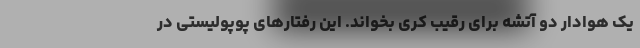
یک هوادار دو آتشه برای رقیب کُری بخواند. این رفتارهای پوپولیستی در